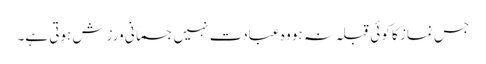
جس نماز کا کوئی قبلہ نہ ہو وہ عبادت نہیں جسمانی ورزش ہوتی ہے۔